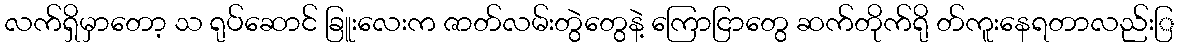
လက်ရှိမှာတော့ သ ရုပ်ဆောင် ခြူးလေးက ဇာတ်လမ်းတွဲတွေနဲ့ ကြောငြာတွေ ဆက်တိုက်ရို တ်ကူးနေရတာလည်းြ